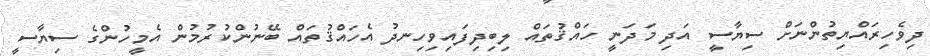
ދިވެހިރައްޔިތުންނަށް ސިޔާސީ އަދި މަދަނީ ހައްޤުތައް ލިބިދިފައިވިހިނދު އެހައްޤުތައް ބޭނުންކުރުމުން އެމީހުންގެ ސިޔާސީ